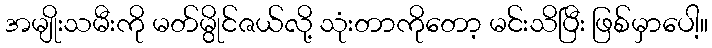
အမျိုးသမီးကို မတ်မွိုင်ဇယ်လို့ သုံးတာကိုတော့ မင်းသိပြီး ဖြစ်မှာပေါ့။